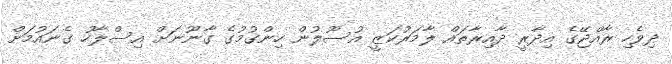
ދިވެހި ރާއްޖޭގެ އިދާރީ ދާއިރާތައް ލާމަރުކަޒީ އުސޫލުން ހިންގުމުގެ ގާނޫނަށް އިސްލާހު ގެނައުމަށް